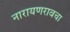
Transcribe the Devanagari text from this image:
नारायणरावचा